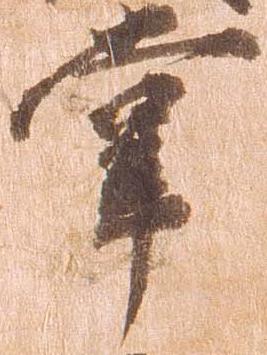
掌